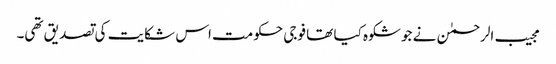
مجیب الرحمٰن نے جو شکوہ کیا تھا فوجی حکومت اس شکایت کی تصدیق تھی۔